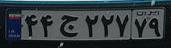
۴۴ج۲۲۷۷۹